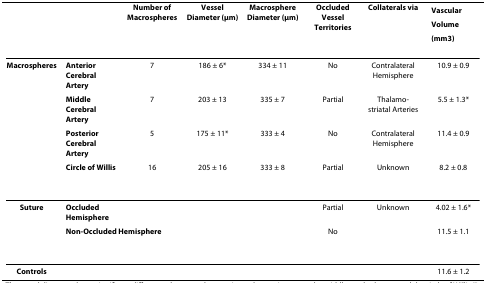
<table><thead><tr><td></td><td></td><td><b>Number of Macrospheres</b></td><td><b>Vessel Diameter (μm)</b></td><td><b>Macrosphere Diameter (μm)</b></td><td><b>Occluded Vessel Territories</b></td><td><b>Collaterals via</b></td><td><b>Vascular Volume (mm<sup>3</sup>)</b></td></tr></thead><tbody><tr><td><b>Macrospheres</b></td><td><b>Anterior Cerebral Artery</b></td><td>7</td><td>186 ± 6*</td><td>334 ± 11</td><td>No</td><td>Contralateral Hemisphere</td><td>10.9 ± 0.9</td></tr><tr><td></td><td><b>Middle Cerebral Artery</b></td><td>7</td><td>203 ± 13</td><td>335 ± 7</td><td>Partial</td><td>Thalamo-striatal Arteries</td><td>5.5 ± 1.3*</td></tr><tr><td></td><td><b>Posterior Cerebral Artery</b></td><td>5</td><td>175 ± 11*</td><td>333 ± 4</td><td>No</td><td>Contralateral Hemisphere</td><td>11.4 ± 0.9</td></tr><tr><td></td><td><b>Circle of Willis</b></td><td>16</td><td>205 ± 16</td><td>333 ± 8</td><td>Partial</td><td>Unknown</td><td>8.2 ± 0.8</td></tr><tr><td><b>Suture</b></td><td><b>Occluded Hemisphere</b></td><td></td><td></td><td></td><td>Partial</td><td>Unknown</td><td>4.02 ± 1.6*</td></tr><tr><td></td><td colspan="2"><b>Non-Occluded Hemisphere</b></td><td></td><td></td><td>No</td><td></td><td>11.5 ± 1.1</td></tr><tr><td><b>Controls</b></td><td></td><td></td><td></td><td></td><td></td><td></td><td>11.6 ± 1.2</td></tr></tbody></table>